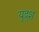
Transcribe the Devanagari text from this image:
युद्श